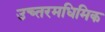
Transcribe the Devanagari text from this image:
उच्तरमधिमिक